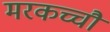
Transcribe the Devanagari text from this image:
मरकच्चौ